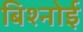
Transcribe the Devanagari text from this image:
बिश्‍नोई